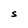
Character: S